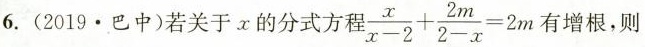
6.(2019\cdot 巴中)若关于x的分式方程 $$\frac{x}{x-2} + \frac{2m}{2-x} = 2 m$$ 有增根，则